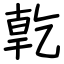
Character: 亁